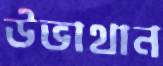
উভাথান